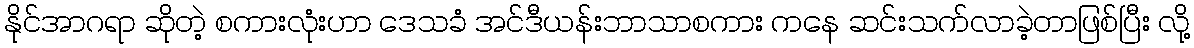
နိုင်အာဂရာ ဆိုတဲ့ စကားလုံးဟာ ဒေသခံ အင်ဒီယန်းဘာသာစကား ကနေ ဆင်းသက်လာခဲ့တာဖြစ်ပြီး လို့